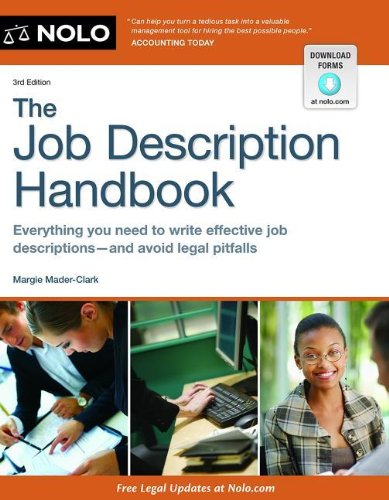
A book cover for The Job Description Handbook; Margie Mader-Clark; Law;